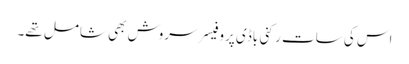
اس کی سات رکنی باڈی پروفیسر سروش بھی شامل تھے۔